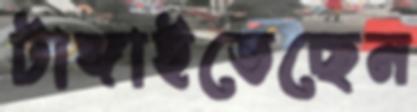
টাঙ্গাইতেছেন